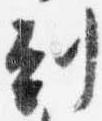
到